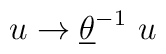
u \rightarrow \underline{\theta} ^{-1} ~u